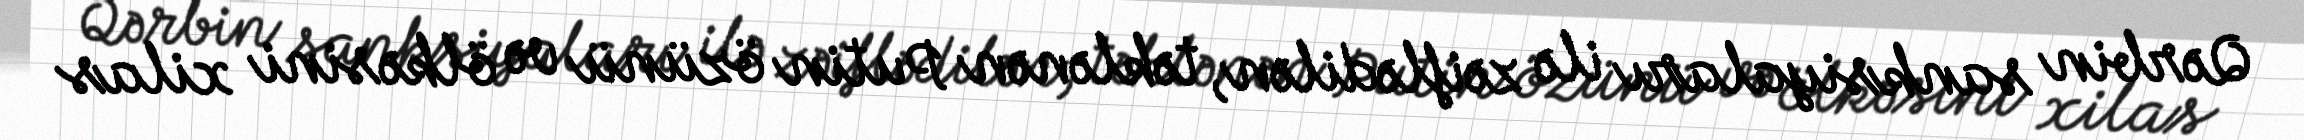
Qərbin sanksiyaları ilə zəiflədilən, təklənən Putin özünü və ölkəsini xilas